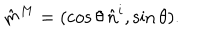
\hat { m } ^ { M } = ( \cos \theta \, \hat { n } ^ { i } , \sin \theta ) .